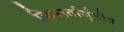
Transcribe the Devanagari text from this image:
किरार्तार्जुनीय